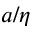
a / \eta